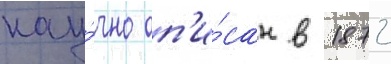
нау́чно оп'и́сан в 1872